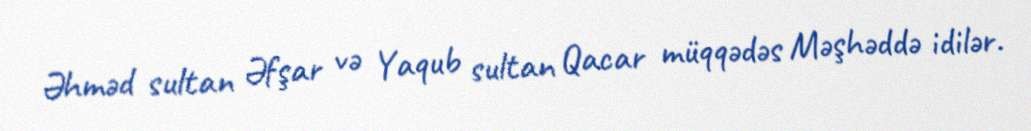
Əhməd sultan Əfşar və Yaqub sultan Qacar müqqədəs Məşhəddə idilər.